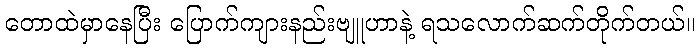
တောထဲမှာနေပြီး ပြောက်ကျားနည်းဗျူဟာနဲ့ ရသလောက်ဆက်တိုက်တယ်။